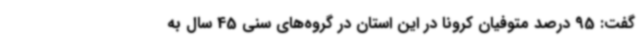
گفت: 95 درصد متوفیان کرونا در این استان در گروه‌های سنی 45 سال به